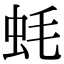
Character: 蚝